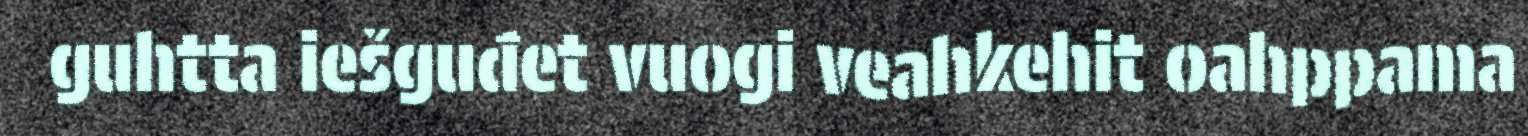
guhtta iešguđet vuogi veahkehit oahppama